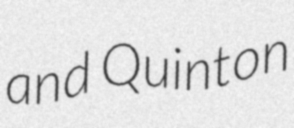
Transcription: and Quinton